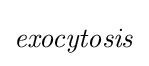
{\it {exocytosis}}